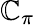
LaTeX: \mathbb{C}_{\pi}